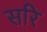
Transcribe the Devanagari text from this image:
सरि